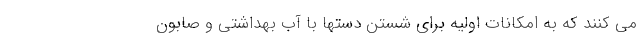
می کنند که به امکانات اولیه برای شستن دستها با آب بهداشتی و صابون